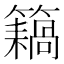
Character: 𥶤